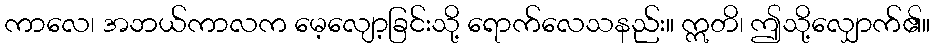
ကာလေ၊ အဘယ်ကာလက မေ့လျော့ခြင်းသို့ ရောက်လေသနည်း။ ဣတိ၊ ဤသို့လျှောက်၏။